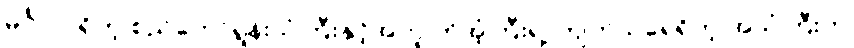
မင်္ဂလာရှိတဲ့ စည်တော်ရွန်းသံကြီးနှင့်အတူ ကိုအံ့ကြီးရဲ့ ကျက်သရေရှိတဲ့ အသံကြီးက